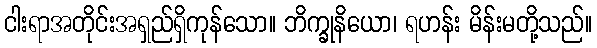
ငါးရာအတိုင်းအရှည်ရှိကုန်သော။ ဘိက္ခုနိယော၊ ရဟန်း မိန်းမတို့သည်။